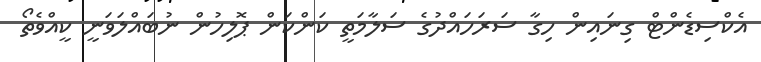
އެކްސިޑެންޓް ގިނައިން ހިގާ ސަރަހައްދުގެ ސަލާމަތީ ކަންކަން ޕޮލިހުން ނުބައްލަވަނީ ކީއްވެތޯ